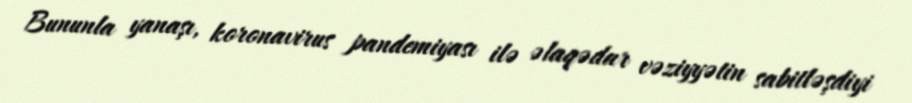
Bununla yanaşı, koronavirus pandemiyası ilə əlaqədar vəziyyətin sabitləşdiyi